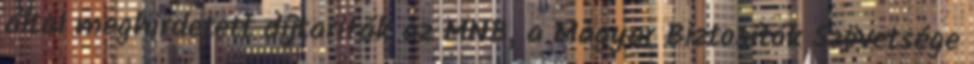
által meghirdetett díjtarifák az MNB, a Magyar Biztosítók Szövetsége